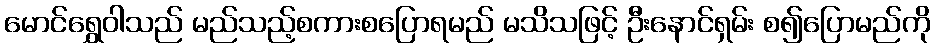
မောင်ရွှေဝါသည် မည်သည့်စကားစပြောရမည် မသိသဖြင့် ဦးနောင်ရှမ်း စ၍ပြောမည်ကို